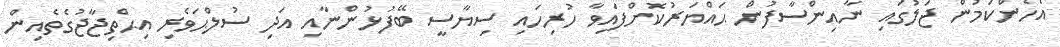
އެހެންކަމުން ޖަލުގައި ނާއިންސާފުން ޙައްޔަރުކޮށްފައިވާ ހުރިހައި ސިޔާސީ ބޭފުޅުންނާއި އަދި ސުލްޙަވެރި އިޙްތިޖާޖުގެތެއިން